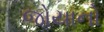
જોયાનો